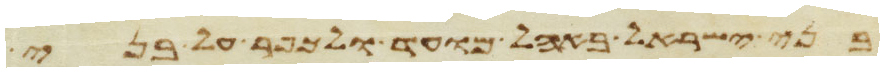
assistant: בני ישראל באהל מועד ולכפר על בני